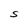
Character: s